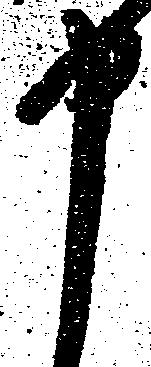
申